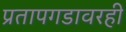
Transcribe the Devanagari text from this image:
प्रतापगडावरही